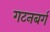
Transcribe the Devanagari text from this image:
गटनबर्ग